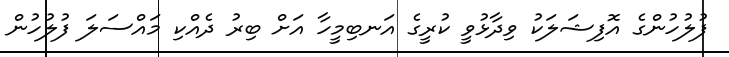
ފުލުހުންގެ އޮފިޝަލަކު ވިދާޅުވީ ކުރީގެ އަނބިމީހާ އަށް ބިރު ދެއްކި މައްސަލަ ފުލުހުން